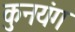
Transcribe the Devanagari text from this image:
कुनयंग